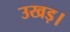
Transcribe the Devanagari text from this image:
उखड़।